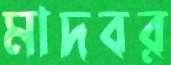
মাদবর